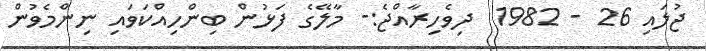
ޖުލައި 26 - 1982  ދިވެހިރާއްޖެ:- މާލޭގެ ފަޅުން ބިންހިއްކަވައި ނިންމެވުން